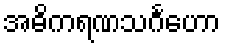
အဓိကရဏသင်္ဂဟော